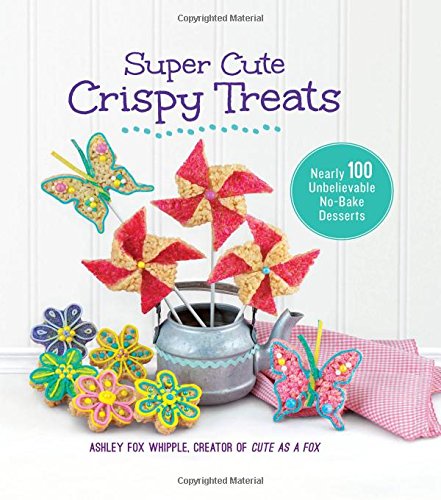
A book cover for Super Cute Crispy Treats: Nearly 100 Unbelievable No-Bake Desserts; Ashley Fox Whipple; Cookbooks, Food & Wine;